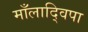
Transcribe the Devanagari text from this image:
माँलाद्विपा